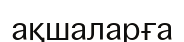
ақшаларға